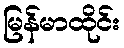
မြန်မာထိုင်း